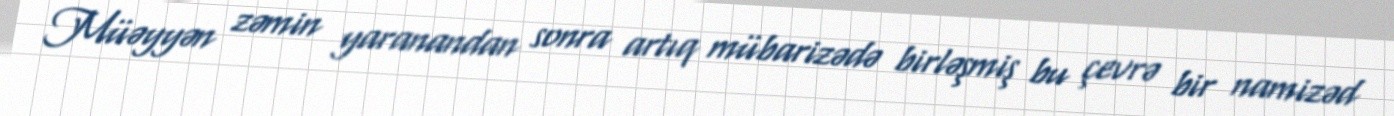
Müəyyən zəmin yaranandan sonra artıq mübarizədə birləşmiş bu çevrə bir namizəd